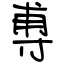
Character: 尃